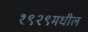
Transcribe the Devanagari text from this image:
१९२९मधील